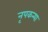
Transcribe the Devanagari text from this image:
नृपकन्या